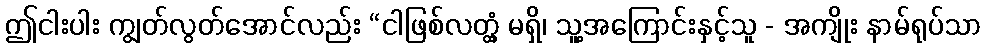
ဤငါးပါး ကျွတ်လွတ်အောင်လည်း “ငါဖြစ်လတ္တံ့ မရှိ၊ သူ့အကြောင်းနှင့်သူ - အကျိုး နာမ်ရုပ်သာ